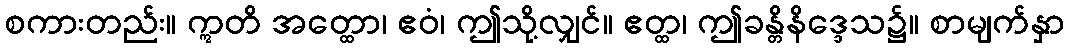
စကားတည်း။ ဣတိ အတ္ထော၊ ဧဝံ၊ ဤသို့လျှင်။ ဧတ္ထ၊ ဤခန္တိနိဒ္ဒေသ၌။ စာမျက်နှာ